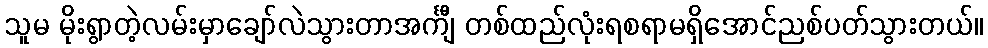
သူမ မိုးရွာတဲ့လမ်းမှာချော်လဲသွားတာအင်္ကျီ တစ်ထည်လုံးရစရာမရှိအောင်ညစ်ပတ်သွားတယ်။